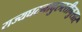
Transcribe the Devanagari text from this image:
राज्यघटनादुरुस्तीनुसार